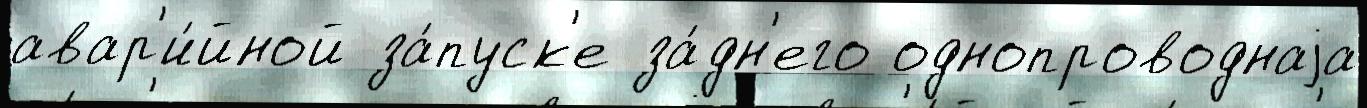
авар'и́йной за́пуск'е за́дн'его однопроводнаjа